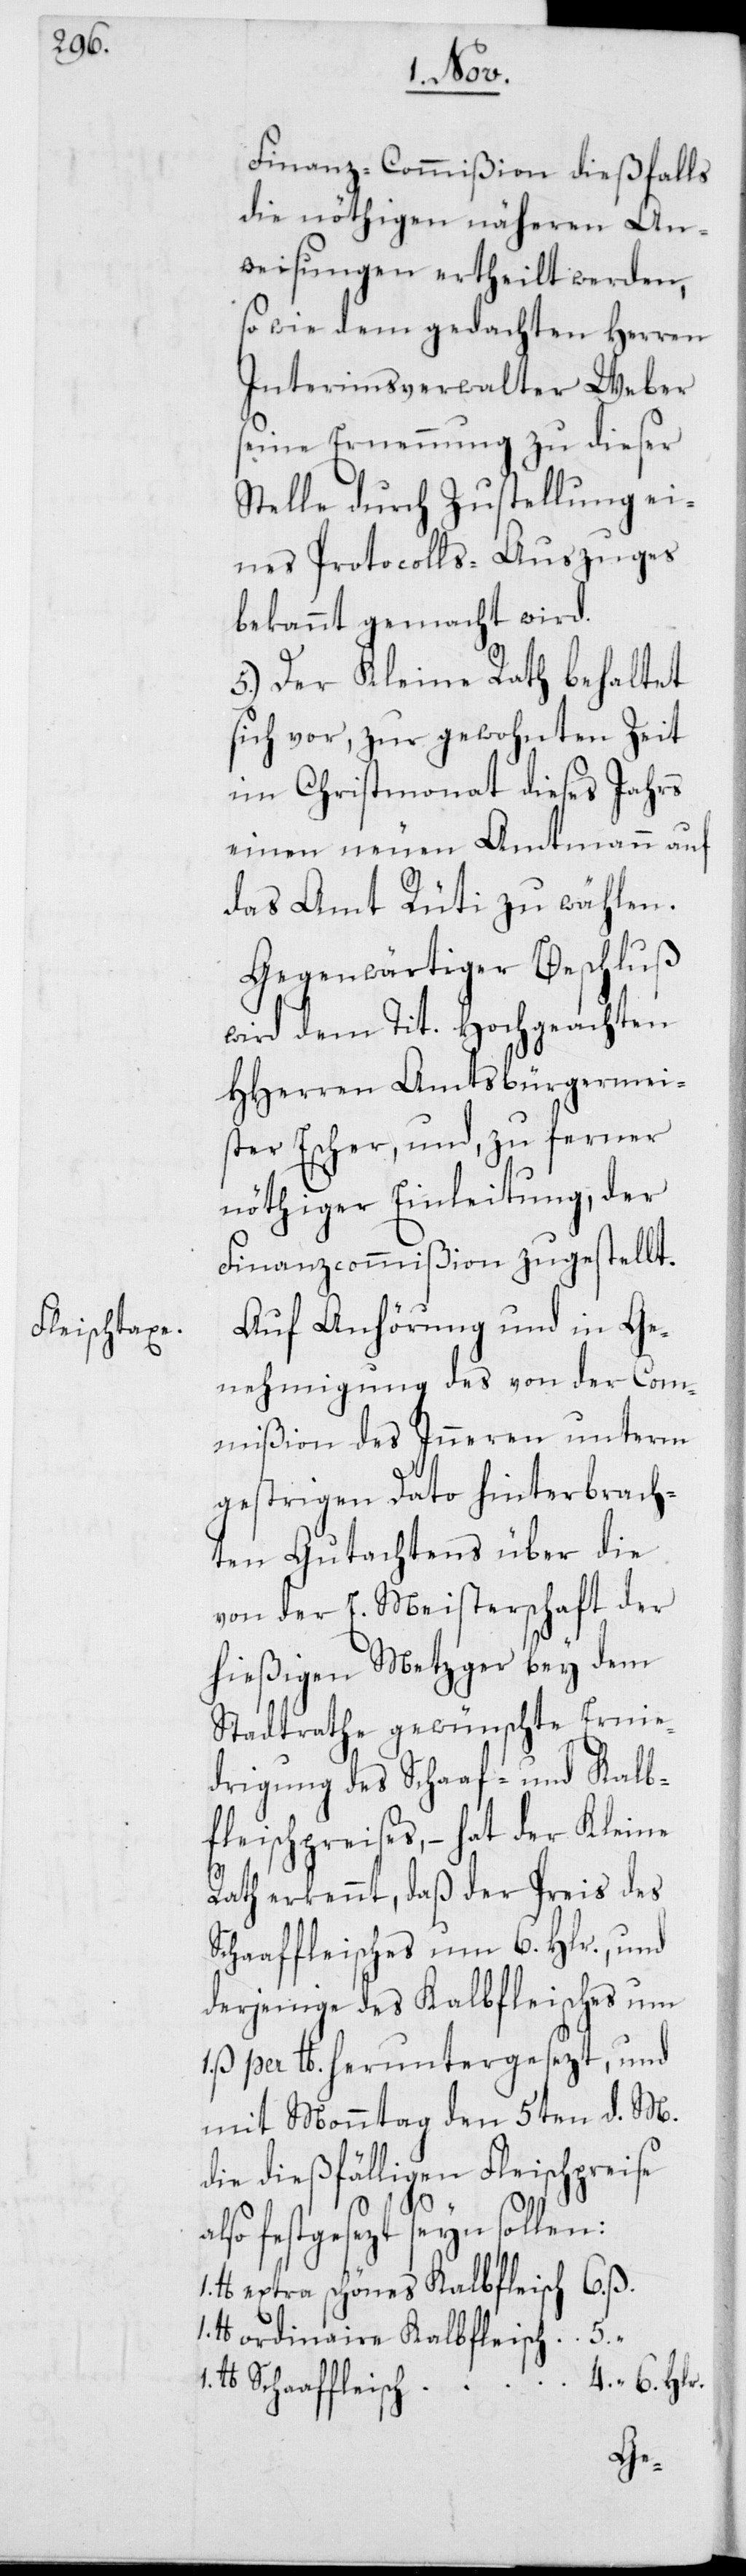
Finanz-Commißion dießfalls
die nöthigen näheren An¬
weisungen ertheilt werden,
so wie dem gedachten Herren
Interimsverwalter Weber
seine Ernennung zu dieser
Stelle durch Zustellung ei¬
nes Protocolls-Auszuges
bekannt gemacht wird.
5. Der Kleine Rath behaltet
sich vor, zur gewohnten Zeit
im Christmonat dieses Jahrs
einen neuen Amtmann auf
das Amt Rüti zu wählen.
Gegenwärtiger Beschluß
wird dem Tit. Hochgeachten
HHerren Amtsbürgermei¬
ster Escher, und, zu ferner
nöthiger Einleitung, der
Finanzcommißion zugestellt.
Auf Anhörung und in Ge¬
nehmigung des von der Com¬
mißion des Inneren unterm
gestrigen Dato hinterbrach¬
ten Gutachtens über die
von der E. Meisterschaft der
hießigen Metzger bey dem
Stadtrathe gewünschte Ernie¬
drigung des Schaaf- und Kalb¬
fleischpreises, – hat der Kleine
Rath erkennt, daß der Preis des
Schaaffleisches um 6. Hlr., und
derjenige des Kalbfleisches um
per Pfund heruntergesezt, und
mit Monntag den 5ten d. M.
die dießfälligen Fleischpreise
festgesezt seyn sollen:
lb extra schönes Kalbfleisch
lb ordinaire Kalbfleisch
lb Schaaffleisch